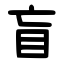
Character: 盲